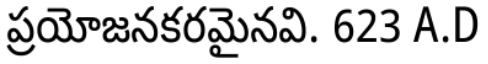
ప్రయోజనకరమైనవి. 623 A.D